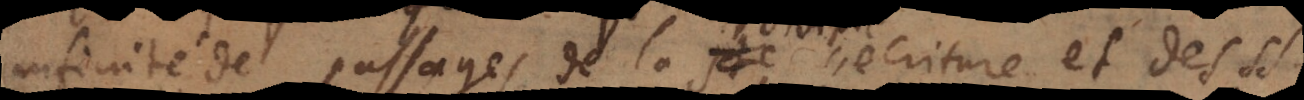
infinité de passages de la Sainte écriture et des